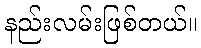
နည်းလမ်းဖြစ်တယ်။